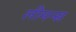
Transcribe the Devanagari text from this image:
लीमन्स